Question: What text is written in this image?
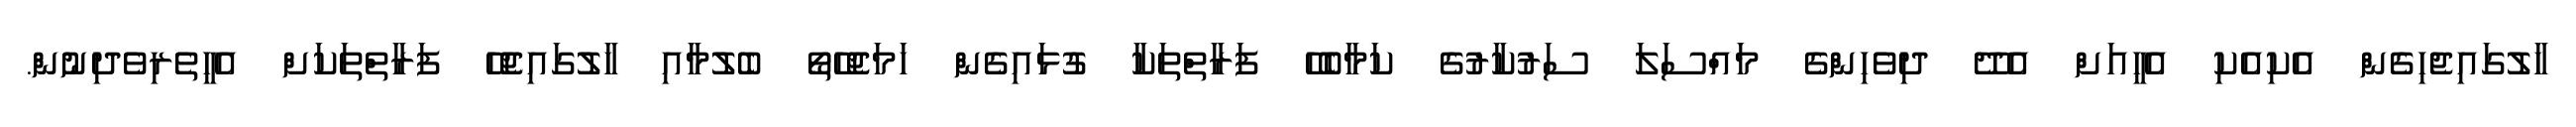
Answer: ހާލުގައިޖެހިގެން އެކިއެކި އެހީއަށް އެދޭ ދިވެހިންގެ މައްސަލަ ސަރުކާރުގެ ކަމާބެހޭ ފަރާތްތަކާ ގުޅައިގެން ހަމަޖެހޭތޯ ބެލުމާއި ހާލުގައިޖެހޭ ފަރާތްތަކަށް އެހީތެރިވެދިނުން.